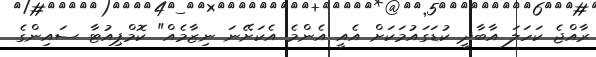
ރާއްޖެ ކަހަލަ އާބާދީ ކުޑަގައުމަކަށް އެއީ އެންމެ އެކަށޭނަ ނިޒާމެއް" ކޮމްޕިއުޓާ ސައިންގެ